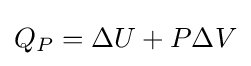
Q_{P}=\Delta U+P\Delta V